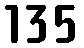
135